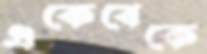
একেবেকে